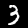
Label: 3